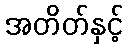
အတိတ်နှင့်